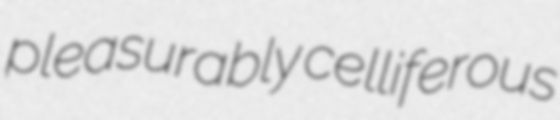
pleasurably celliferous